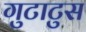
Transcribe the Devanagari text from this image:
गुटाटुस